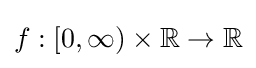
f:[0,\infty )\times \mathbb {R} \to \mathbb {R}